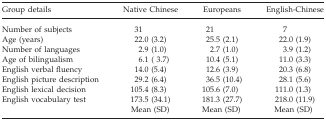
<table><thead><tr><td><b>Group details</b></td><td><b>Native Chinese</b></td><td><b>Europeans</b></td><td><b>English-Chinese</b></td></tr></thead><tbody><tr><td>Number of subjects</td><td>31</td><td>21</td><td>7</td></tr><tr><td>Age (years)</td><td>22.0 (3.2)</td><td>25.5 (2.1)</td><td>22.0 (1.9)</td></tr><tr><td>Number of languages</td><td>2.9 (1.0)</td><td>2.7 (1.0)</td><td>3.9 (1.2)</td></tr><tr><td>Age of bilingualism</td><td>6.1 (3.7)</td><td>10.4 (5.1)</td><td>11.0 (3.3)</td></tr><tr><td>English verbal fluency</td><td>14.0 (5.4)</td><td>12.6 (3.9)</td><td>20.3 (6.8)</td></tr><tr><td>English picture description</td><td>29.2 (6.4)</td><td>36.5 (10.4)</td><td>28.1 (5.6)</td></tr><tr><td>English lexical decision</td><td>105.4 (8.3)</td><td>105.6 (7.0)</td><td>111.0 (1.3)</td></tr><tr><td>English vocabulary test</td><td>173.5 (34.1)Mean (SD)</td><td>181.3 (27.7) Mean (SD)</td><td>218.0 (11.9)Mean (SD)</td></tr></tbody></table>